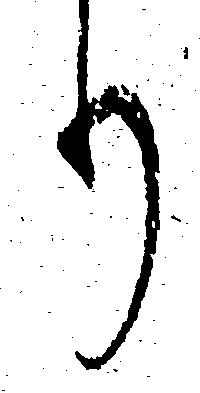
り